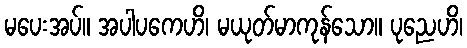
မပေးအပ်။ အပါပကေဟိ၊ မယုတ်မာကုန်သော။ ပုညေဟိ၊